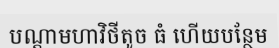
បណ្តាមហាវិថីតូច ធំ ហើយបន្ថែម